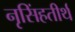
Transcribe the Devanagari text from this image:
नृसिंहतीर्थ